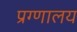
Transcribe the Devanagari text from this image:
प्रग्णालय